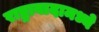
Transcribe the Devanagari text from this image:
राष्ट्रावादामध्ये